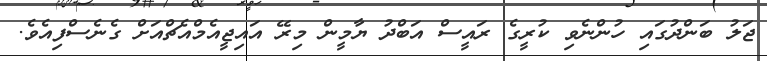
ޖަލު ބަންދުގައި ހުންނެވި ކުރީގެ ރައީސް އަބްދު ޔާމީން މިރޭ އައިޖީއެމްއެޗްއަށް ގެނެސްފިއެވެ.